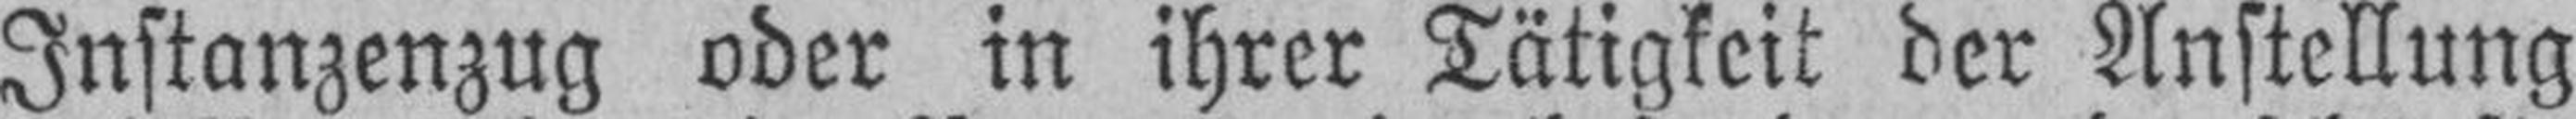
Instanzenzug oder in ihrer Tätigkeit der Anstellung